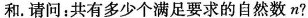
和.请问：共有多少个满足要求的自然数n?